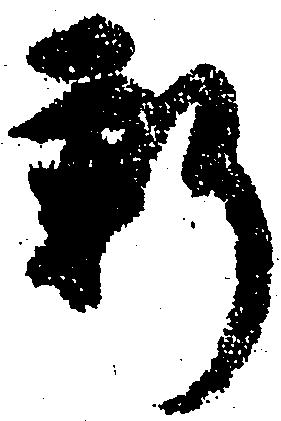
新